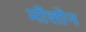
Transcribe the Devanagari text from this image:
मीलोन